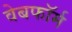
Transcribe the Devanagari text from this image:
वेबफॉर्म